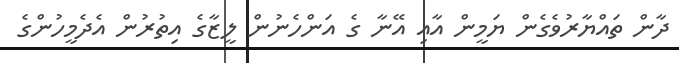
ދާން ތައްޔާރުވެގެން ޔަމީން އާއި އޭނާ ގެ އަންހެނުން ލީޒާގެ އިތުރުން އެދެމީހުންގެ